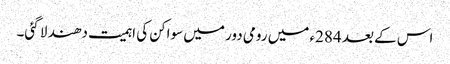
اس کے بعد 284ء میں رومی دور میں سواکن کی اہمیت دھند لا گئی۔